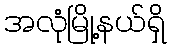
အလုံမြို့နယ်ရှိ